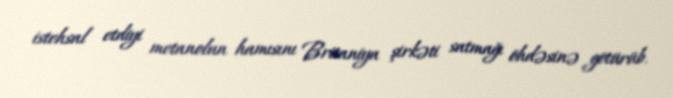
istehsal etdiyi metanolun hamısını Britaniya şirkəti satmağı öhdəsinə götürüb.